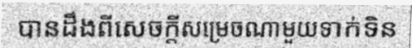
បានដឹងពីសេចក្តីសម្រេចណាមួយទាក់ទិន